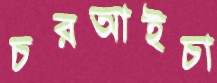
চরআইচা